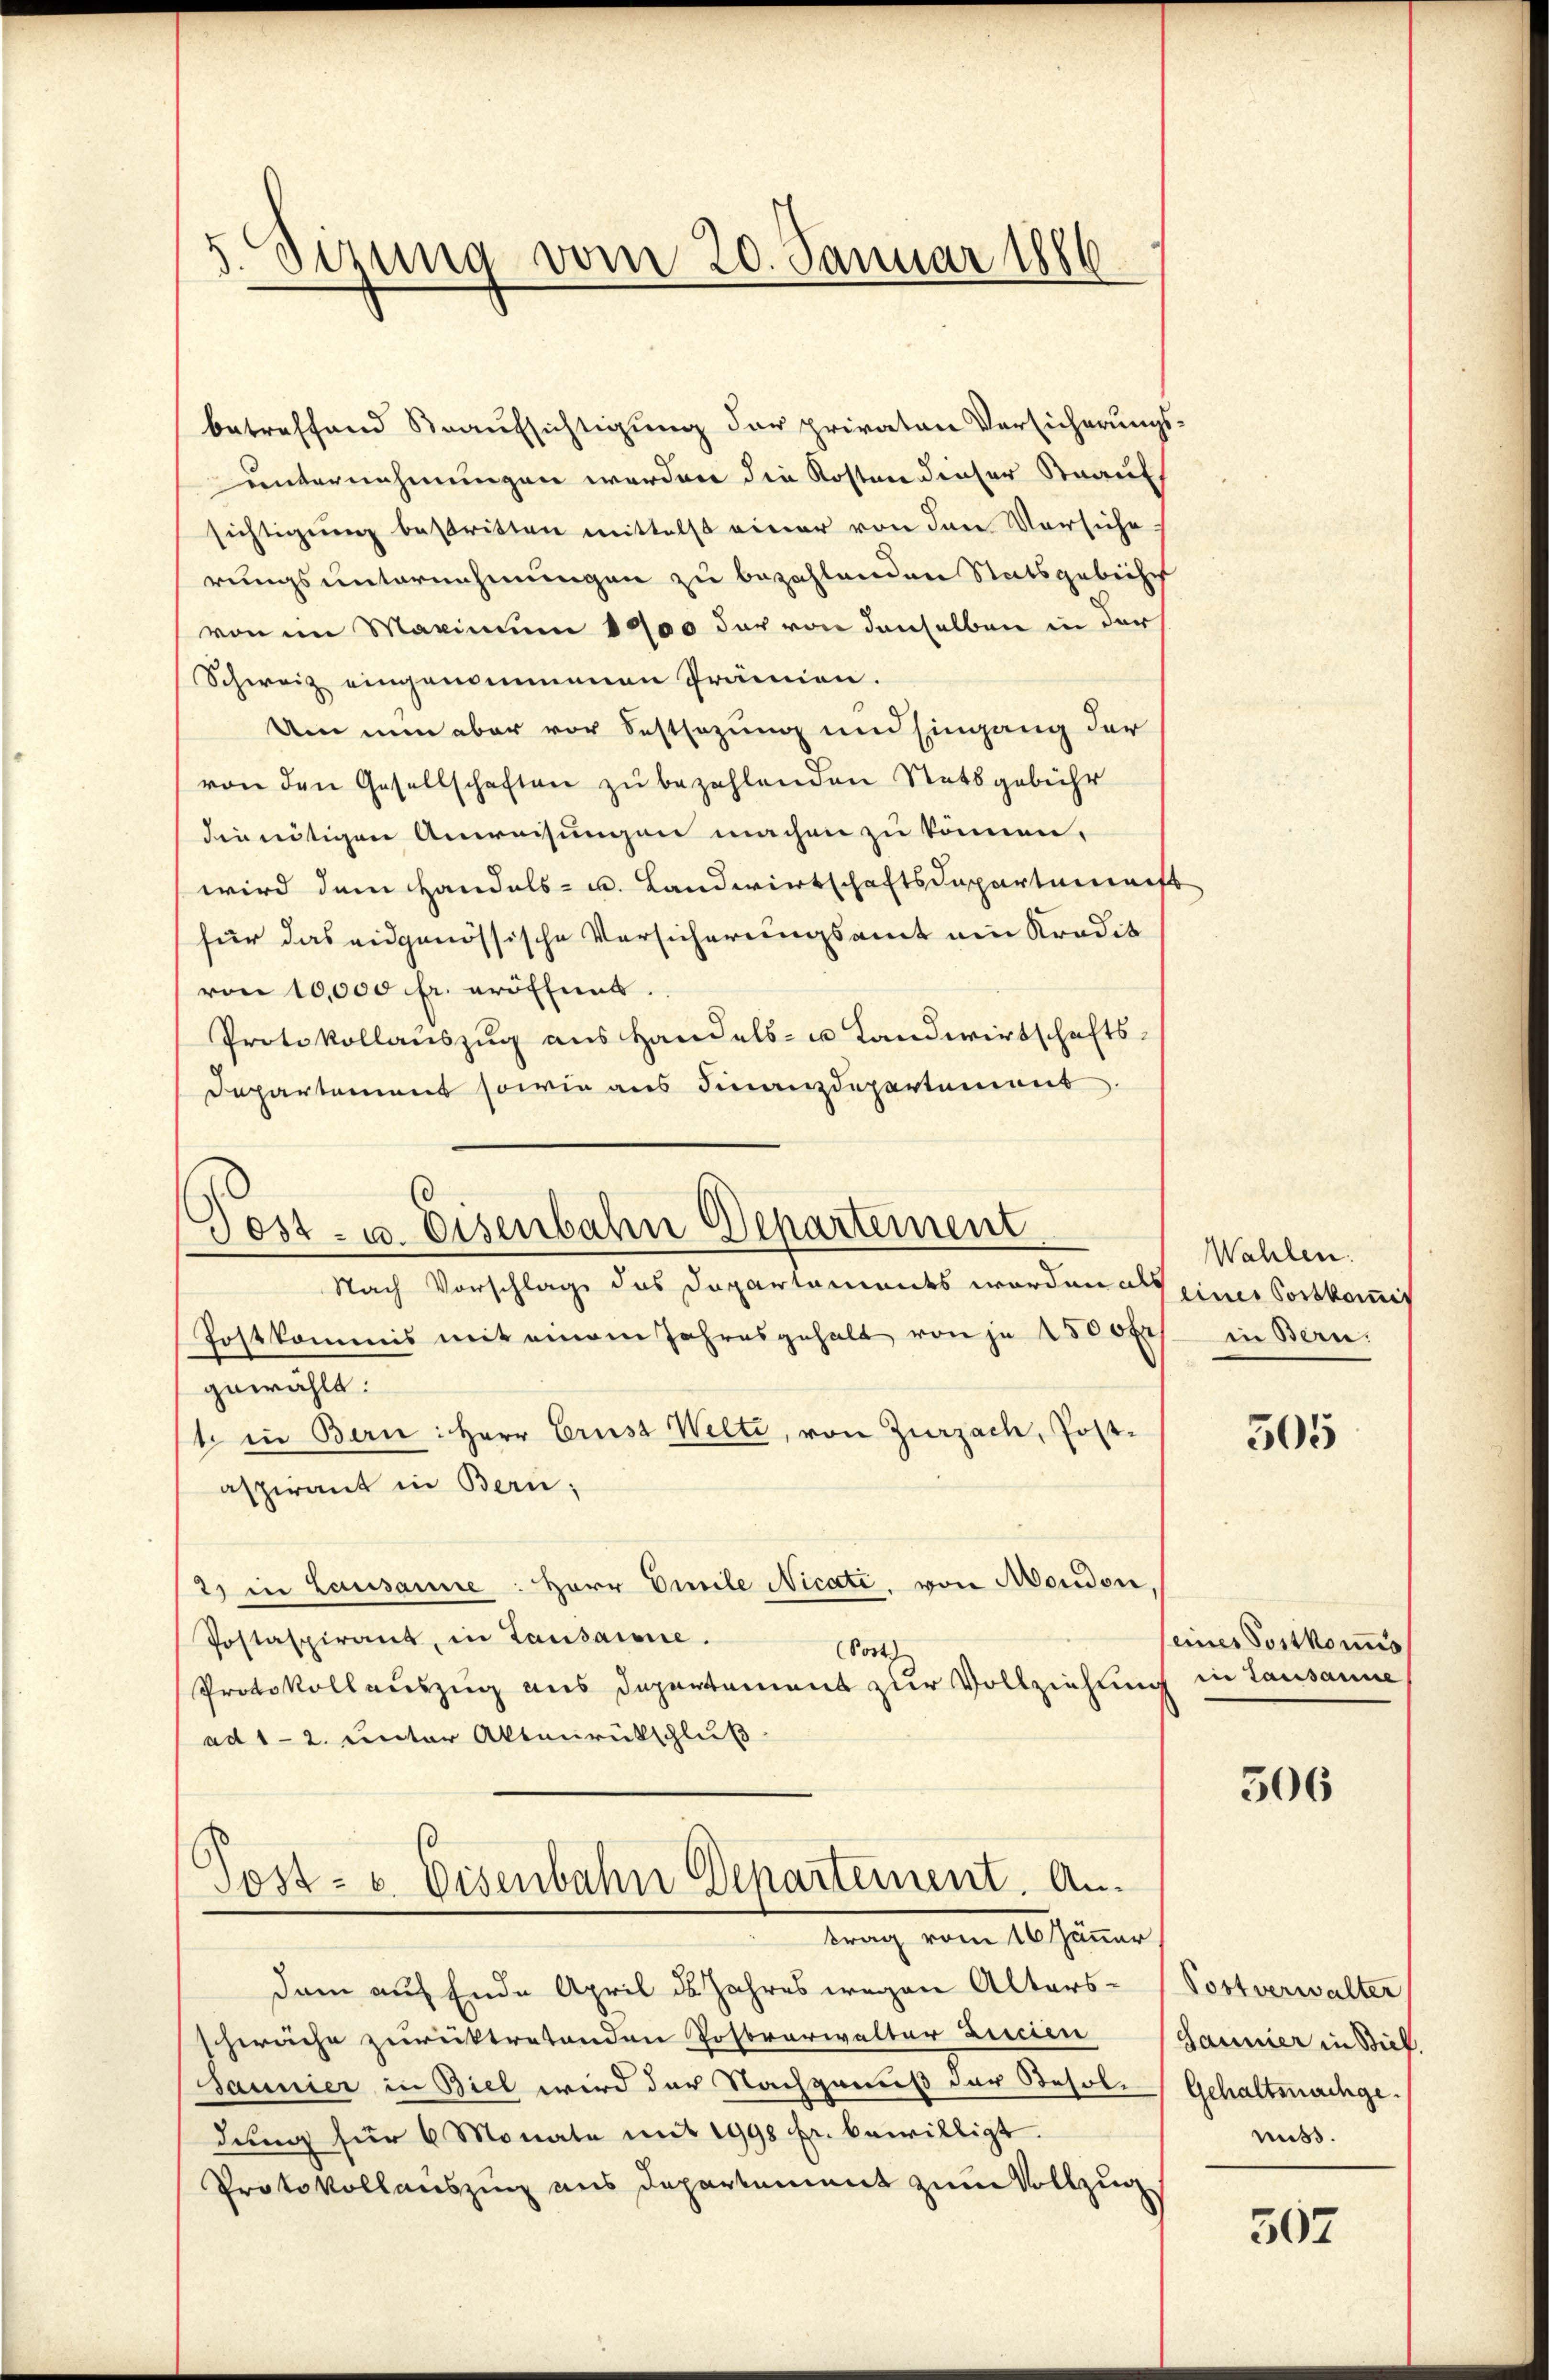
betreffend Beaufsichtigung der privaten Versicherungsunternehmungen werden die Kosten dieser Staaufs
sichtigung bestritten mittelst einer von den Versiche
rungsunternehmungen zu bezahlenden Statsgebietes
von im Maximum 1900 der von denselben in der
Schweiz eingenommenen Prämien.
Um nun aber vor Festsezung und Eingang der
von den Gesellschaften zu bezahlenden Stattgebühr
die nötigen Anweisungen machen zu können,
wird dem Handels- u. Landwirtschaftsdepartement
für das eidgenössische Versicherungsamt ein Kradit
von 10,000 fr. eröffnet.
Protokollauszug aus Handels- u Landwirtschafts-
Departamens sowie aus Finanzdepartement

5 Sizung vom 20. Januar 1886

Fest- u. Eisenbahn Departement

Nach Vorschlag des Departaments worden als eines Portkommit
Postkommis mit einem Jahresgehalt von je 1500fr. in Bern:
gewählt:
t in Bern: Herr Crust Welte, von Zurzach, Postaspirant in Bern;
2) in Lausanne: Herr Viele Nicate, von Mondon,
Postaspirant, in Lausanne.
(Post
Protokollauszug aus Departement zur Vollziehung in Lausanne
ad 1 - 2. unter Altenrückschluß
Post- u. Eisenbahn Departement. Antrag vom 16. Jänner
dam auf Ende April des Jahres wegen Altersschwäche zurücktretenden Postverwalter Zielen
Sannier in Biel wird der Nachgenuß der Resoldung für 6 Monate mit 1998 fr. bewilligt.
Protokollauszing uns Departement zum Vollzug

Wahlen.

505

seines Postkomis

506

Postverwalter
Jauner in Biel
Gehaltnachge
mis.

507